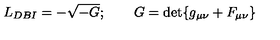
L _ { D B I } = - \sqrt { - G } ; \qquad G = \det \{ g _ { \mu \nu } + F _ { \mu \nu } \}